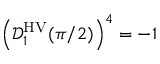
\left( \mathcal { D } _ { 1 } ^ { \mathrm { H V } } ( \pi / 2 ) \right) ^ { 4 } = - 1